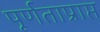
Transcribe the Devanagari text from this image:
पूर्णताप्राप्त